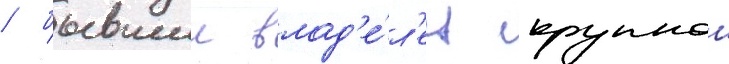
/ бывшии влад'е́л'ец крупнои